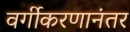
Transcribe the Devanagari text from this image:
वर्गीकरणानंतर